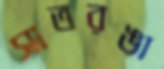
সাতরঙা